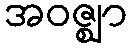
အဝဇ္ဈာ